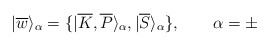
\begin{align*}|\overline{w}\rangle _{\alpha }=\{|\overline{K},\overline{P}\rangle _{\alpha},|\overline{S}\rangle _{\alpha }\},\qquad \alpha =\pm \end{align*}